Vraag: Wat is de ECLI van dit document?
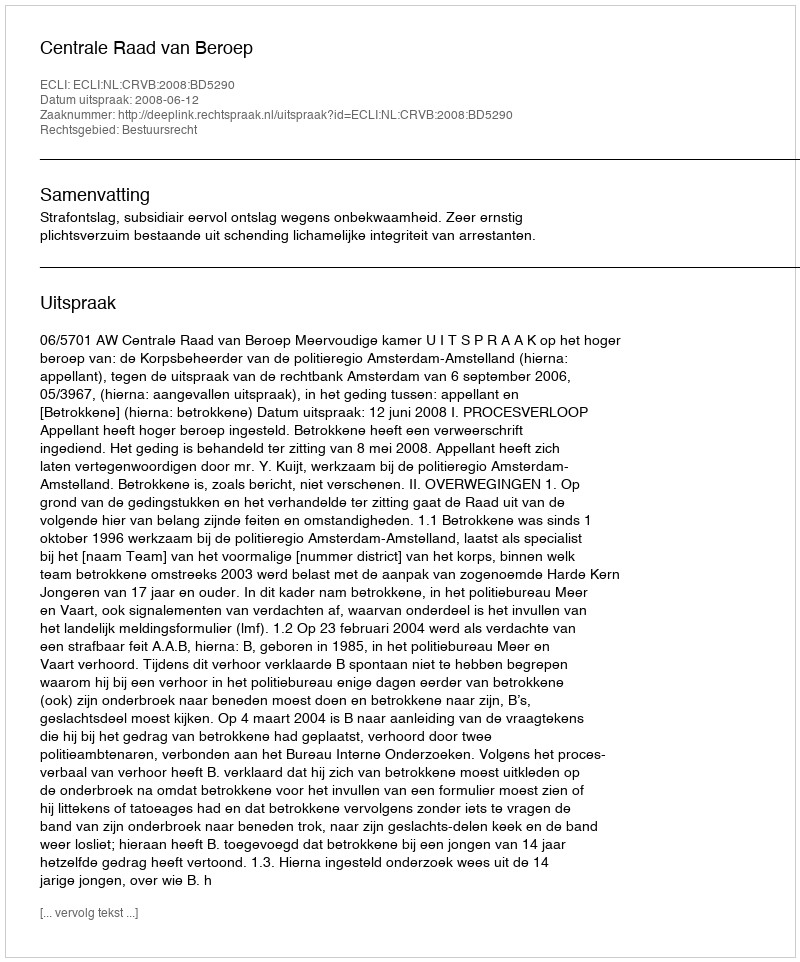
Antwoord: ECLI:NL:CRVB:2008:BD5290